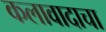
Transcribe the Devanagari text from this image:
कलावादाचा